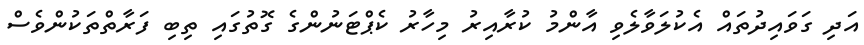
އަދި ގަވައިދުތައް އެކުލަވާލެވި އާންމު ކުރާއިރު މިހާރު ކެޕްޓަނުންގެ ގޮތުގައި ތިބި ފަރާތްތަކުންވެސް